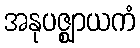
အနုပဇ္ဈာယကံ